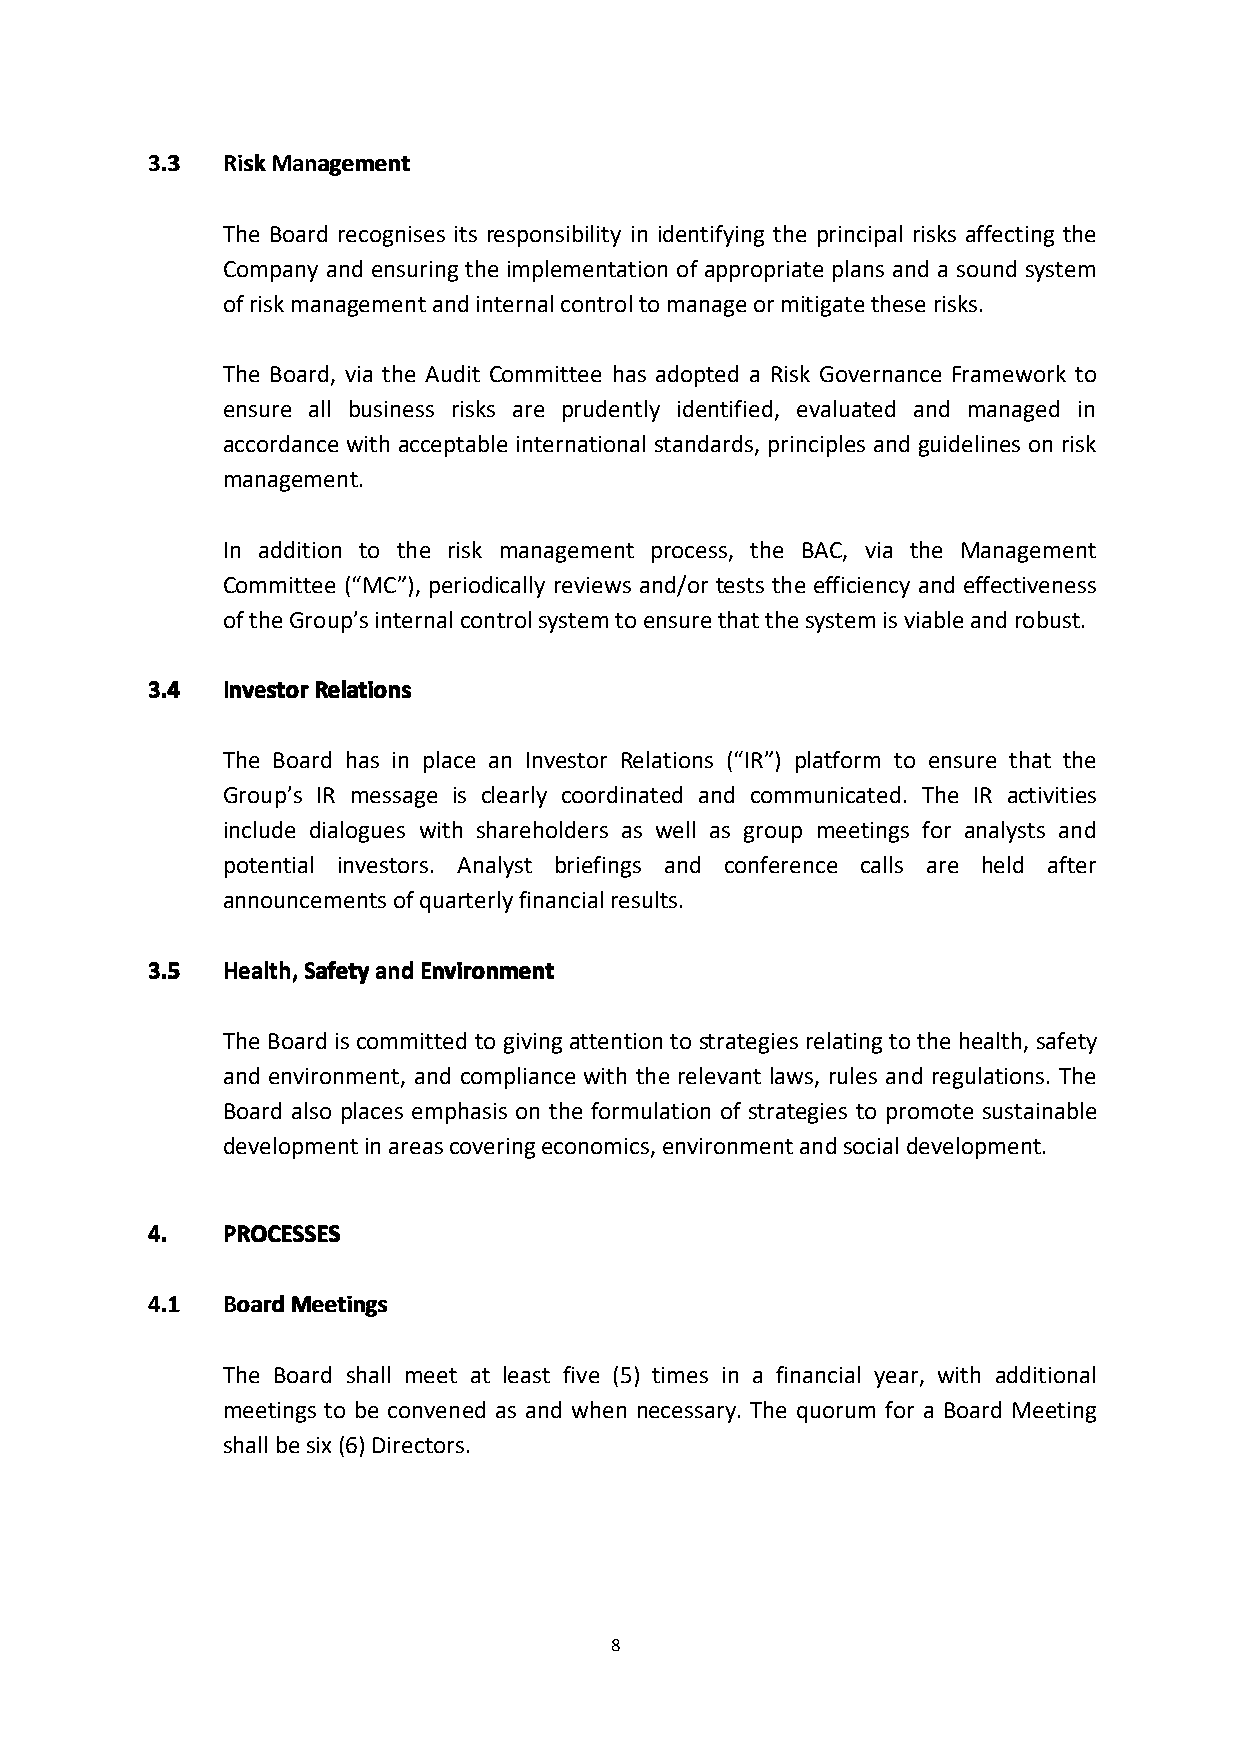
3333....3333 RRRRiiiisssskkkkMMMMaaaannnnaaaaggggeeeemmmmeeeennnntttt
 The Board recognises its responsibility in identifying the principal risks affecting the
 Company and ensuring the implementation of appropriate plans and a sound system
 ofriskmanagementandinternalcontroltomanageormitigatetheserisks.
 The Board, via the Audit Committee has adopted a Risk Governance Framework to
 ensure all business risks are prudently identified, evaluated and managed in
 accordance with acceptable international standards, principles and guidelines on risk
 management.
 In addition to the risk management process, the BAC, via the Management
 Committee (“MC”), periodically reviews and/or tests the efficiency and effectiveness
 oftheGroup’sinternalcontrolsystemtoensurethatthesystemisviableandrobust.
 3333....4444 IIIInnnnvvvveeeessssttttoooorrrrRRRReeeellllaaaattttiiiioooonnnnssss
 The Board has in place an Investor Relations (“IR”) platform to ensure that the
 Group’s IR message is clearly coordinated and communicated. The IR activities
 include dialogues with shareholders as well as group meetings for analysts and
 potential investors. Analyst briefings and conference calls are held after
 announcementsofquarterlyfinancialresults.
 3333....5555 HHHHeeeeaaaalllltttthhhh,,,,SSSSaaaaffffeeeettttyyyyaaaannnnddddEEEEnnnnvvvviiiirrrroooonnnnmmmmeeeennnntttt
 The Board is committed to giving attention to strategies relating to the health, safety
 and environment, and compliance with the relevant laws, rules and regulations. The
 Board also places emphasis on the formulation of strategies to promote sustainable
 developmentinareascoveringeconomics,environmentandsocialdevelopment.
 4444.... PPPPRRRROOOOCCCCEEEESSSSSSSSEEEESSSS
 4444....1111 BBBBooooaaaarrrrddddMMMMeeeeeeeettttiiiinnnnggggssss
 The Board shall meet at least five (5) times in a financial year, with additional
 meetings to be convened as and when necessary. The quorum for a Board Meeting
 shallbesix(6)Directors.
 8